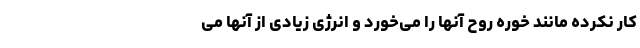
کار نکرده مانند خوره روح آنها را می‌خورد و انرژی زیادی از آنها می